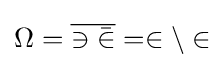
\Omega ={\overline {\ni {\bar {\in }}}}=\in \backslash \in